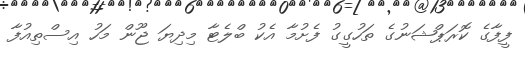
ފީފާގެ ކޮރަޕްޝަނުގެ ތަހުގީގު ފެށުމާ އެކު ބްލެޓާ މިދިޔަ ޖޫން މަހު އިސްތިއުފާ